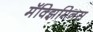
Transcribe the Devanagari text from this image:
मॅक्झिमिनस